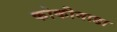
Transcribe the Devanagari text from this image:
कोकीनाडा